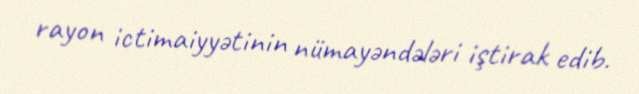
rayon ictimaiyyətinin nümayəndələri iştirak edib.